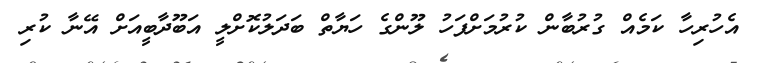
އެހުރިހާ ކަމެއް ގުރުބާން ކުރުމަށްފަހު ލޫންގެ ހަޔާތް ބަދަލުކޮށްލީ އަބޫދާބީއަށް އޭނާ ކުރި